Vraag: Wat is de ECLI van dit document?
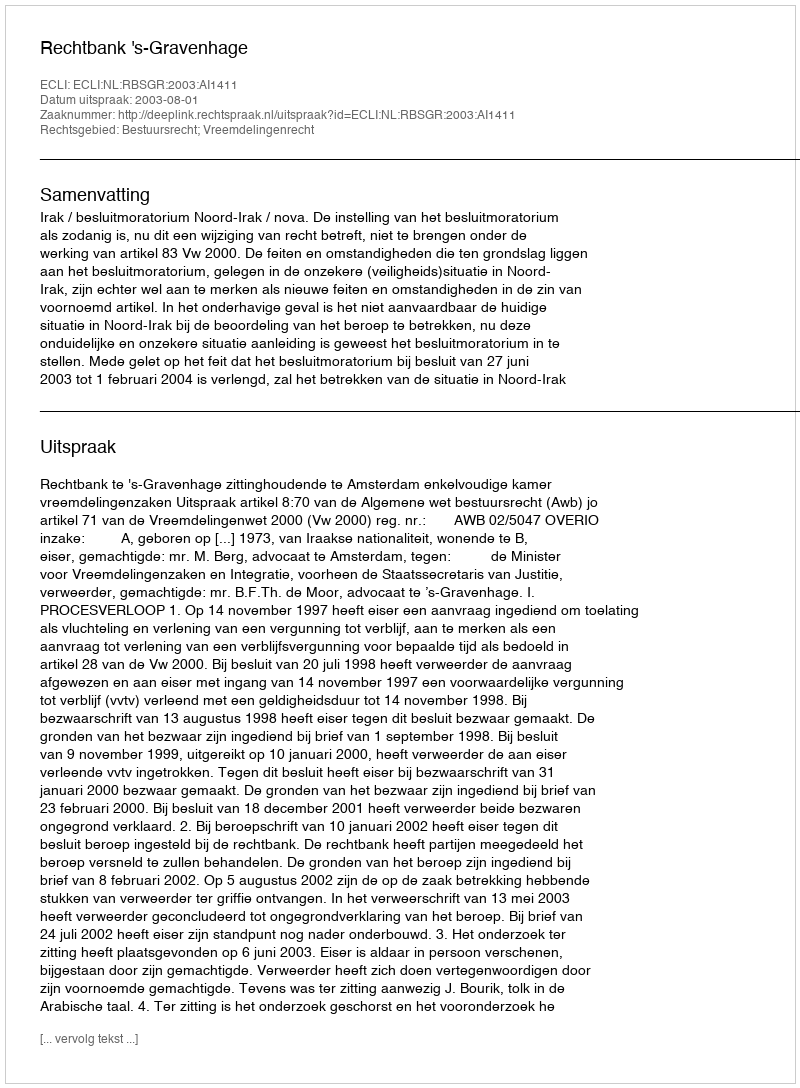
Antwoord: ECLI:NL:RBSGR:2003:AI1411